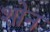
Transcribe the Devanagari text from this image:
शोन